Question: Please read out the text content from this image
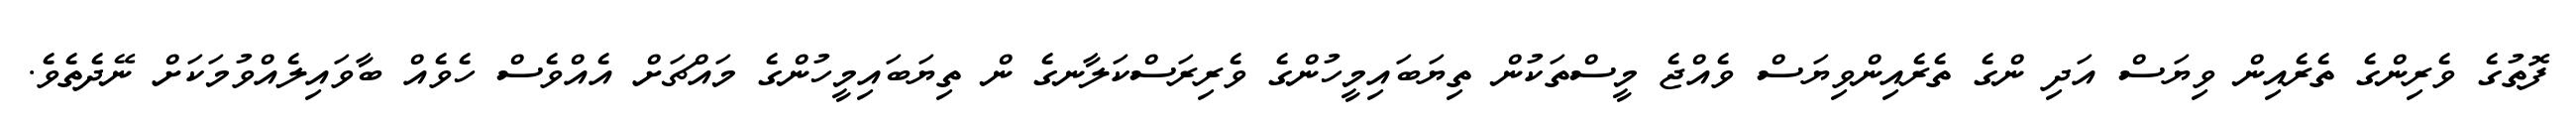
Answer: ފޮތުގެ ވެރިންގެ ތެރެއިން ވިޔަސް އަދި ންގެ ތެރެއިންވިޔަސް ވެއްޖެ މީސްތަކުން ތިޔަބައިމީހުންގެ ވެރިރަސްކަލާނގެ ން ތިޔަބައިމީހުންގެ މައްޗަށް އެއްވެސް ހެވެއް ބާވައިލެއްވުމަކަށް ނޭދެތެވެ.